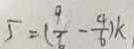
5 = ( \frac { 9 } { 6 } - \frac { 4 } { 6 } ) k